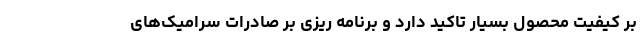
بر کیفیت محصول بسیار تاکید دارد و برنامه ریزی بر صادرات سرامیک‌های